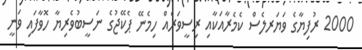
2000 ރުފިޔާގެ ވަޔަރލެސް ކެމެރާއަކާއި ރިސީވަރެއް ހިމެނޭ ޕެކޭޖުގެ ނަސީބުވެރިޔާ ހޮވާފައި ވަނީ